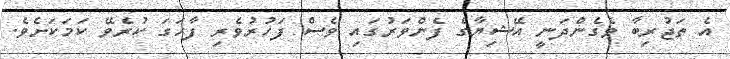
އެ ތަޖުރިބާ ވެގެންދަނީ އޭޝިޔާގެ ފެންވަރުގައި ވެސް ފަހުރުވެރި ފާހަގަ ކުރެވޭ ކަމަކަށެވެ.